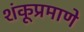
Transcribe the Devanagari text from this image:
शंकूप्रमाणे